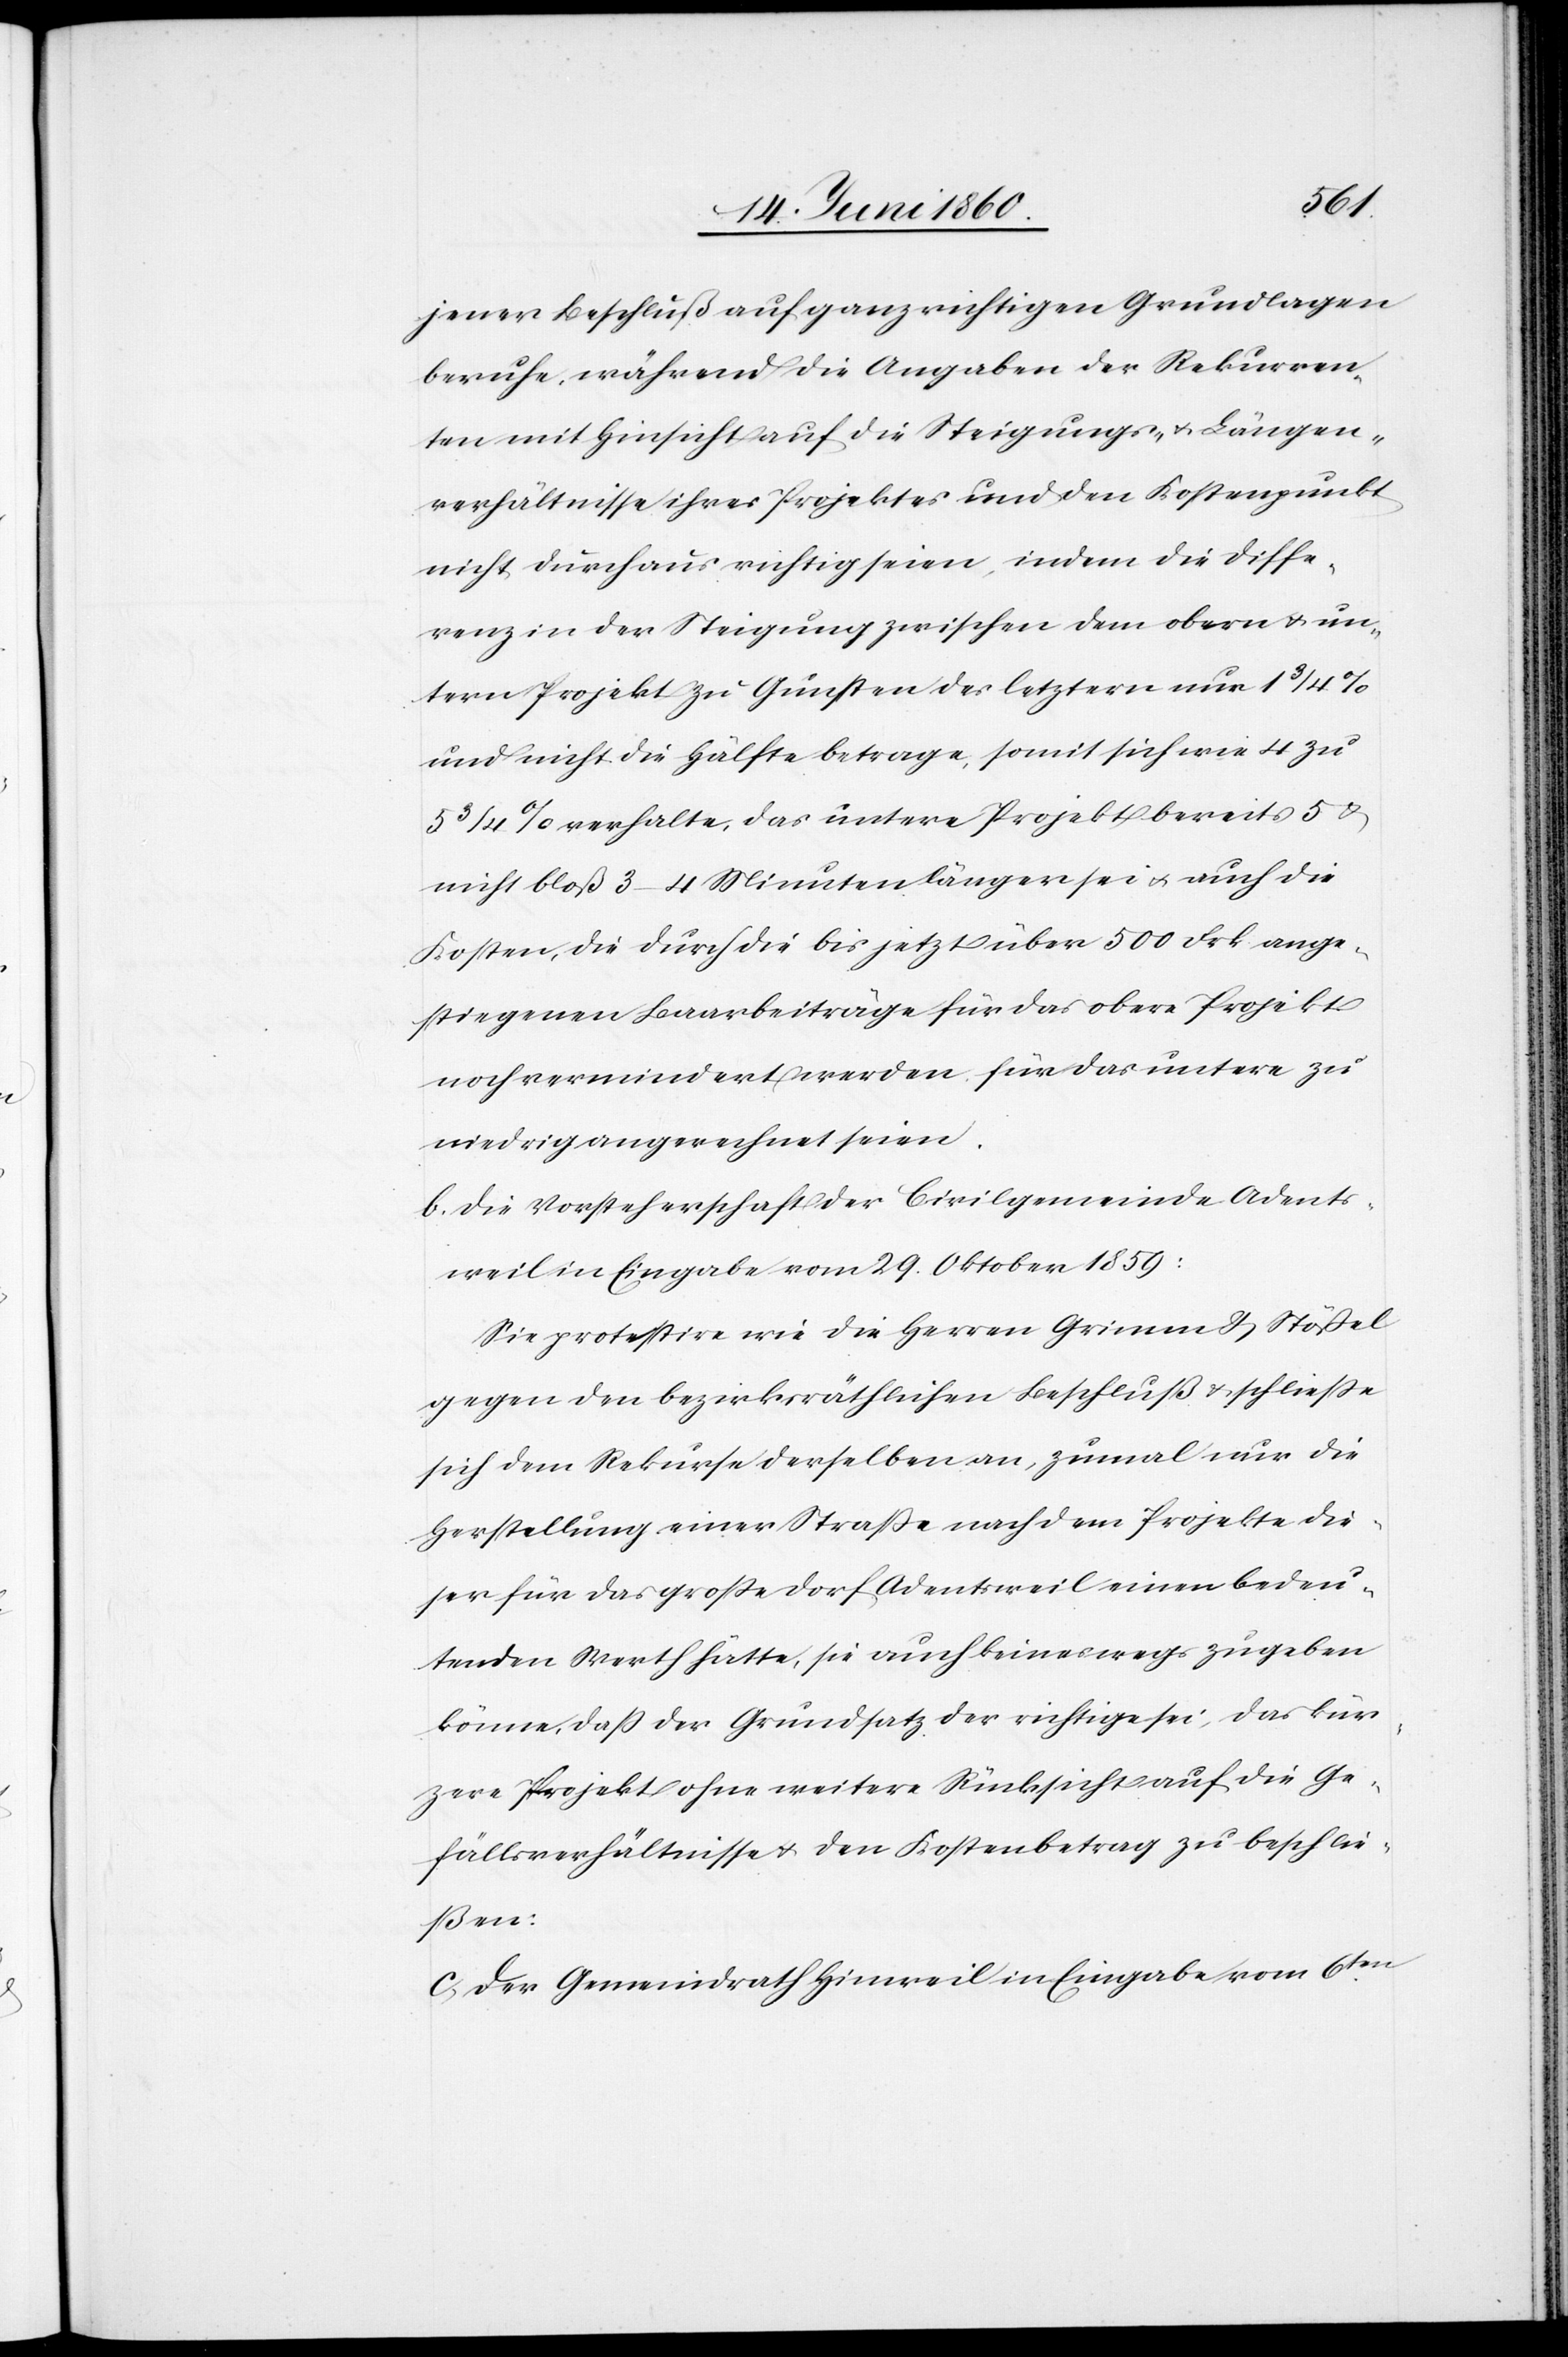
jener Beschluß auf ganz richtigen Grundlagen
beruhe, während die Angaben der Rekurren¬
ten mit Hinsicht auf die Steigungs- u. Längen¬
verhältnisse ihres Projektes und den Kostenpunkt
nicht durchaus richtig seien, indem die Diffe¬
renz in der Steigung zwischen dem obern u. un¬
tern Projekte zu Gunsten des letztern nur 1
und nicht die Hälfte betrage, somit sich wie 4 zu
5 3/4% verhalte, das untere Projekt bereits 5 u.
nicht blos 3–4 Minuten länger sei, u. auch die
Kosten, die durch die bis jetzt über 500 Frk. ange¬
stiegenen Baarbeiträge für das obere Projekt
noch vermindert werden für das untere zu
niedrig angerechnet seien.
b. die Vorsteherschaft der Civilgemeinde Adents¬
weil in Eingabe vom 29. Oktober 1859:
Sie protestire wie die Herren Grimm u. Stössel
gegen den bezirksräthlichen Beschluss u. schließe
sich dem Rekurse derselben an, zumal nur die
Herstellung einer Strasse nach dem Projekte die¬
ser für das grosse Dorf Adentsweil einen bedeu¬
tenden Werth hätte, sie auch keineswegs zugeben
könne, dass der Grundsatz der richtig sei, das kür¬
zere Projekt ohne weitere Rücksicht auf die Ge¬
fällsverhältnisse u. den Kostenbetrag zu beschlie¬
ßen.
c. Der Gemeindrath Hinweil in Eingabe vom 6ten